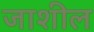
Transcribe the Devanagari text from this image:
जाशील